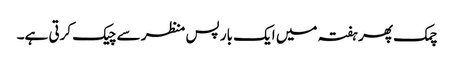
چمک پھر ہفتہ میں ایک بار پس منظر سے چیک کرتی ہے۔